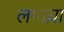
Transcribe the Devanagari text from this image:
लगाय़ा